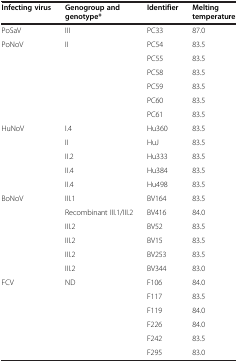
<table><thead><tr><td><b>Infecting virus</b></td><td><b>Genogroup and genotype*</b></td><td><b>Identifier</b></td><td><b>Melting temperature</b></td></tr></thead><tbody><tr><td>PoSaV</td><td>III</td><td>PC33</td><td>87.0</td></tr><tr><td>PoNoV</td><td>II</td><td>PC54</td><td>83.5</td></tr><tr><td> </td><td> </td><td>PC55</td><td>83.5</td></tr><tr><td> </td><td> </td><td>PC58</td><td>83.5</td></tr><tr><td> </td><td> </td><td>PC59</td><td>83.5</td></tr><tr><td> </td><td> </td><td>PC60</td><td>83.5</td></tr><tr><td> </td><td> </td><td>PC61</td><td>83.5</td></tr><tr><td>HuNoV</td><td>I.4</td><td>Hu360</td><td>83.5</td></tr><tr><td> </td><td>II</td><td>HuJ</td><td>83.5</td></tr><tr><td> </td><td>II.2</td><td>Hu333</td><td>83.5</td></tr><tr><td> </td><td>II.4</td><td>Hu384</td><td>83.5</td></tr><tr><td> </td><td>II.4</td><td>Hu498</td><td>83.5</td></tr><tr><td>BoNoV</td><td>III.1</td><td>BV164</td><td>83.5</td></tr><tr><td> </td><td>Recombinant III.1/III.2</td><td>BV416</td><td>84.0</td></tr><tr><td> </td><td>III.2</td><td>BV52</td><td>83.5</td></tr><tr><td> </td><td>III.2</td><td>BV15</td><td>83.5</td></tr><tr><td> </td><td>III.2</td><td>BV253</td><td>83.5</td></tr><tr><td> </td><td>III.2</td><td>BV344</td><td>83.0</td></tr><tr><td>FCV</td><td>ND</td><td>F106</td><td>84.0</td></tr><tr><td> </td><td> </td><td>F117</td><td>83.5</td></tr><tr><td> </td><td> </td><td>F119</td><td>84.0</td></tr><tr><td> </td><td> </td><td>F226</td><td>84.0</td></tr><tr><td> </td><td> </td><td>F242</td><td>83.5</td></tr><tr><td> </td><td> </td><td>F295</td><td>83.0</td></tr></tbody></table>